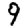
Digit: 9